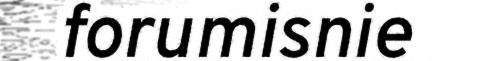
forumisnie